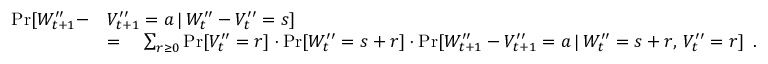
\begin{array} { r l } { \operatorname* { P r } [ W _ { t + 1 } ^ { \prime \prime } - } & { V _ { t + 1 } ^ { \prime \prime } = a \, | \, W _ { t } ^ { \prime \prime } - V _ { t } ^ { \prime \prime } = s ] } \\ & { = \quad \sum _ { r \ge 0 } \operatorname* { P r } [ V _ { t } ^ { \prime \prime } = r ] \cdot \operatorname* { P r } [ W _ { t } ^ { \prime \prime } = s + r ] \cdot \operatorname* { P r } [ W _ { t + 1 } ^ { \prime \prime } - V _ { t + 1 } ^ { \prime \prime } = a \, | \, W _ { t } ^ { \prime \prime } = s + r , \, V _ { t } ^ { \prime \prime } = r ] \enspace . } \end{array}